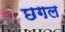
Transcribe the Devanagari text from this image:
छगल